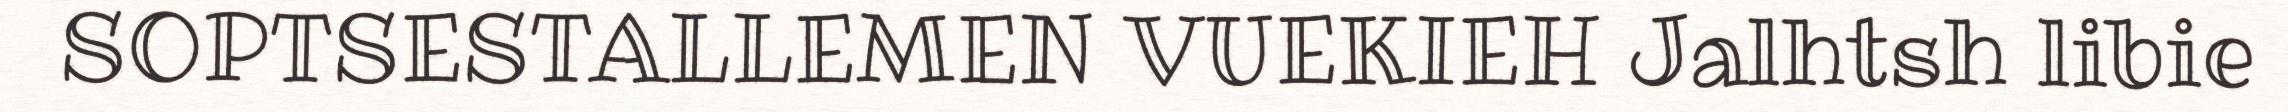
SOPTSESTALLEMEN VUEKIEH Jalhtsh libie